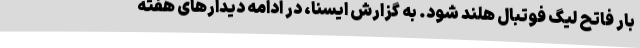
بار فاتح لیگ فوتبال هلند شود. به گزارش ایسنا، در ادامه دیدارهای هفته